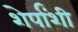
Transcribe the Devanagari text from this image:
शेर्पांशी